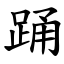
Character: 踊